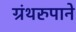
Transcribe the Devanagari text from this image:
ग्रंथरुपाने